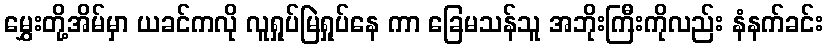
မွှေးတို့အိမ်မှာ ယခင်ကလို လူရှုပ်မြဲရှုပ်နေ ကာ ခြေမသန်သူ အဘိုးကြီးကိုလည်း နံနက်ခင်း